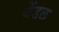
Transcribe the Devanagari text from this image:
बेंडल